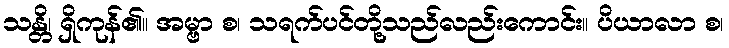
သန္တိ၊ ရှိကုန်၏။ အမ္ဗာ စ၊ သရက်ပင်တို့သည်လည်းကောင်း။ ပိယာလာ စ၊